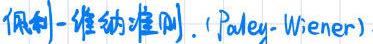
佩利 - 维纳准则. (Paley - Wiener)